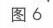
图 6